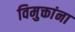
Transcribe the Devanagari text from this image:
विमुक्तांना